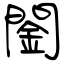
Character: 䦦